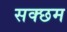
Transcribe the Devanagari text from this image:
सक्छम